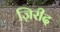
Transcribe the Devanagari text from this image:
ज़िरीद